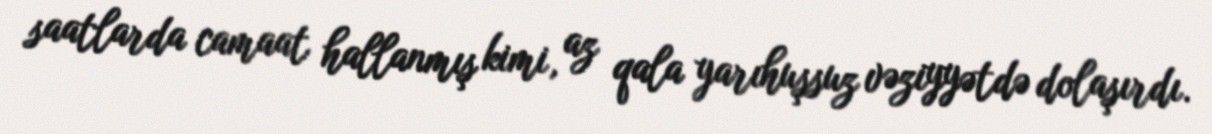
saatlarda camaat hallanmış kimi, az qala yarıhuşsuz vəziyyətdə dolaşırdı.